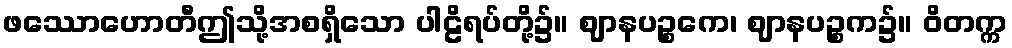
ဖဿောဟောတီဤသို့အစရှိသော ပါဠိရပ်တို့၌။ ဈာနပဉ္စကေ၊ ဈာနပဉ္စက၌။ ဝိတက္က